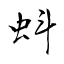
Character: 蚪